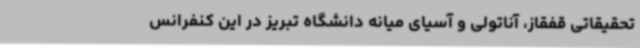
تحقیقاتی قفقاز، آناتولی و آسیای میانه دانشگاه تبریز در این کنفرانس